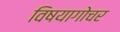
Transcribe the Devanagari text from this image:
विषयागोचर